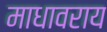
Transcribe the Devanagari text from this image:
माधावराय